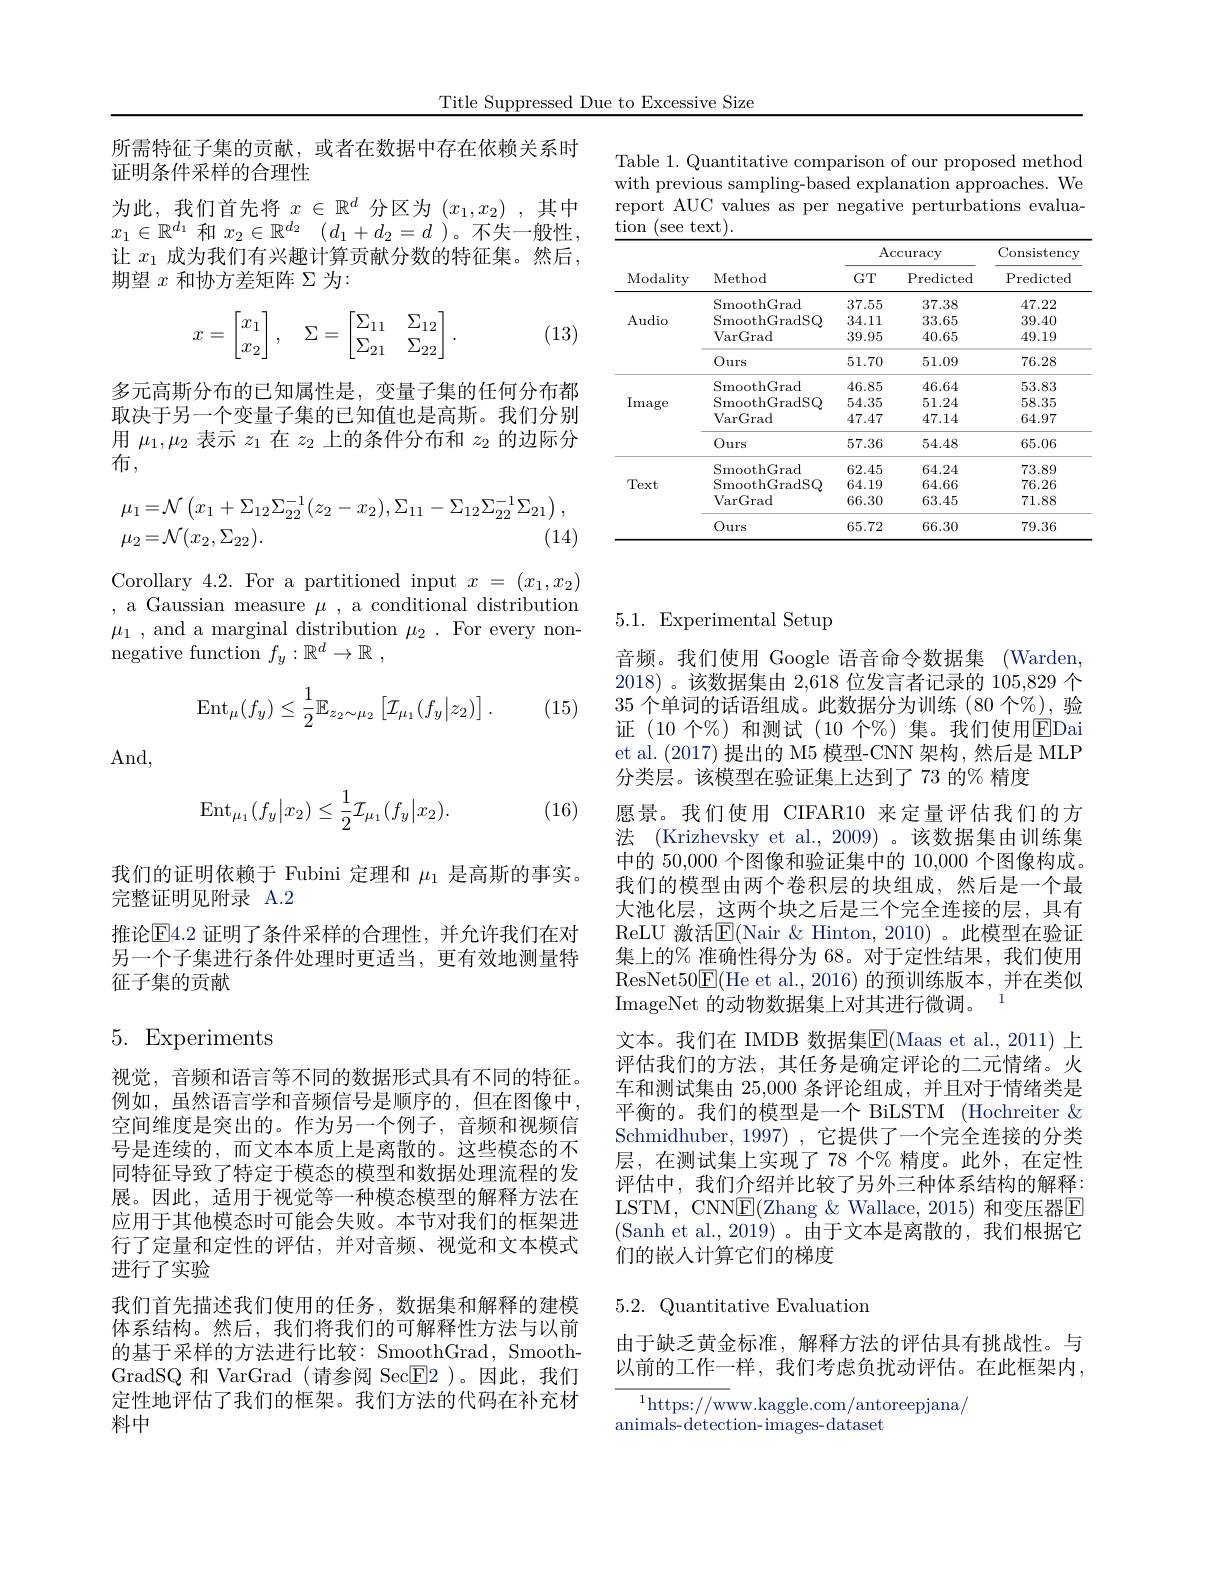
Title Suppressed Due to Excessive Size

Table 1. Quantitative comparison of our proposed method with previous sampling-based explanation approaches. We report AUC values as per negative perturbations evaluation (see text).

<table>
	<tbody>
		<tr>
			<th rowspan="2">Modality</th>
			<th rowspan="2">Method</th>
			<th colspan="2">$\operatorname{Accuracy}$</th>
			<th rowspan="2">Consistency Predicted</th>
		</tr>
		<tr>
			<th>$GT$</th>
			<th>Predicted</th>
		</tr>
		<tr>
			<td rowspan="4">Audio</td>
			<td>SmoothGrad</td>
			<td>37.55</td>
			<td>37.38</td>
			<td>47.22</td>
		</tr>
		<tr>
			<td>SmoothGradSQ</td>
			<td>34.11</td>
			<td>33.65</td>
			<td>39.40</td>
		</tr>
		<tr>
			<td>$\operatorname{VarGrad}$</td>
			<td>39.95</td>
			<td>40.65</td>
			<td>49.19</td>
		</tr>
		<tr>
			<td>Ours</td>
			<td>51.70</td>
			<td>51.09</td>
			<td>76.28</td>
		</tr>
		<tr>
			<td rowspan="4">Image</td>
			<td>SmoothGrad</td>
			<td>46.85</td>
			<td>46.64</td>
			<td>53.83</td>
		</tr>
		<tr>
			<td>SmoothGradSQ</td>
			<td>54.35</td>
			<td>51.24</td>
			<td>58.35</td>
		</tr>
		<tr>
			<td>VarGrad</td>
			<td>47.47</td>
			<td>47.14</td>
			<td>64.97</td>
		</tr>
		<tr>
			<td>Ours</td>
			<td>57.36</td>
			<td>54.48</td>
			<td>65.06</td>
		</tr>
		<tr>
			<td rowspan="4">Text</td>
			<td>SmoothGrad</td>
			<td>62.45</td>
			<td>64.24</td>
			<td>73.89</td>
		</tr>
		<tr>
			<td>SmoothGradSQ</td>
			<td>64.19</td>
			<td>64.66</td>
			<td>76.26</td>
		</tr>
		<tr>
			<td>VarGrad</td>
			<td>66.30</td>
			<td>63.45</td>
			<td>71.88</td>
		</tr>
		<tr>
			<td>Ours</td>
			<td>65.72</td>
			<td>66.30</td>
			<td>79.36</td>
		</tr>
	</tbody>
</table>

所需特征子集的贡献，或者在数据中存在依赖关系时
证明条件采样的合理性
为此，我们首先将$x\in\mathbb{R}^d$分区为$(x_1,x_2)$,其中$x_1\in\mathbb{R}^{d_1}$和$x_2\in \mathbb{R} ^{d_2}$ $( d_1+ d_2= d$ )。不失一般性， 让$x_1$成为我们有兴趣计算贡献分数的特征集。然后期望$x$和协方差矩阵$\Sigma$为：
$$x=\begin{bmatrix}x_1\\x_2\end{bmatrix},\quad\Sigma=\begin{bmatrix}\Sigma_{11}&\Sigma_{12}\\\Sigma_{21}&\Sigma_{22}\end{bmatrix}.$$
(13)

多元高斯分布的已知属性是，变量子集的任何分布都取决于另一个变量子集的已知值也是高斯。我们分别用$\mu_1,\mu_2$表示$z_1$在$z_2$上的条件分布和$z_2$的边际分布，
$$\begin{array}{lr}\mu_1=\mathcal{N}\left(x_1+\Sigma_{12}\Sigma_{22}^{-1}(z_2-x_2),\Sigma_{11}-\Sigma_{12}\Sigma_{22}^{-1}\Sigma_{21}\right),\\\mu_2=\mathcal{N}(x_2,\Sigma_{22}).&(14)\end{array}$$
Corollary 4.2. For a partitioned input $x=(x_1,x_2)$ , a Gaussian measure $\mu$, a conditional distribution $\mu_{1}$ , and a marginal distribution $\mu_{2}.$ For every non- ${\mathrm{negative~function~}}f_y: \mathbb{R} ^d\to \mathbb{R}$ ,
$$\mathrm{Ent}_{\mu}(f_{y})\leq\frac{1}{2}\mathbb{E}_{z_{2}\sim\mu_{2}}\left[\mathcal{I}_{\mu_{1}}(f_{y}\big|z_{2})\right].$$
(15)

And,
$$\operatorname{Ent}_{\mu_1}(f_y\big|x_2)\leq\frac{1}{2}\mathcal{I}_{\mu_1}(f_y\big|x_2).$$
(16)

我们的证明依赖于 Fubini 定理和$\mu_1$是高斯的事实。
完整证明见附录 A.2
推论$\overline{\mathrm{E}}4.2$ 证明了条件采样的合理性，并允许我们在对另一个子集进行条件处理时更适当，更有效地测量特征子集的贡献

# 5. Experiments

视觉，音频和语言等不同的数据形式具有不同的特征。例如，虽然语言学和音频信号是顺序的，但在图像中， 空间维度是突出的。作为另一个例子，音频和视频信号是连续的，而文本本质上是离散的。这些模态的不同特征导致了特定于模态的模型和数据处理流程的发展。因此，适用于视觉等一种模态模型的解释方法在应用于其他模态时可能会失败。本节对我们的框架进行了定量和定性的评估，并对音频、视觉和文本模式进行了实验
我们首先描述我们使用的任务，数据集和解释的建模体系结构。然后，我们将我们的可解释性方法与以前的基于采样的方法进行比较：SmoothGrad, SmoothGradSQ 和 VarGrad (请参阅 Sec$\boxed{\mathrm{E}}2$ )。因此，我们定性地评估了我们的框架。我们方法的代码在补充材料中

# 5.1. Experimental Setup

音频。我们使用 Google 语音命令数据集 (Warden, 2018) 。该数据集由 2,618 位发言者记录的 105,829 个35个单词的话语组成。此数据分为训练(80 个%),验证(10 个%)和测试(10 个%)集。我们使用$\boxed{\mathrm{EDai}}$ et al. (2017) 提出的 M5 模型-CNN 架构，然后是 MLP 分类层。该模型在验证集上达到了 73 的% 精度
愿景。我们使用 CIFAR10 来定量评估我们的方法 (Krizhevsky et al.,2009)。该数据集由训练集中的 50,000 个图像和验证集中的 10,000 个图像构成。我们的模型由两个卷积层的块组成，然后是一个最大池化层，这两个块之后是三个完全连接的层，具有ReLU 激活$\overline{\mathbb{E}}($Nair &Hinton,2010)。此模型在验证集上的% 准确性得分为 68。对于定性结果，我们使用ResNet50$\boxed{\mathrm{E}}($He et al.,2016)的预训练版本，并在类似ImageNet 的动物数据集上对其进行微调。1
文本。我们在 IMDB 数据集$\overline{\mathrm{E}}($Maas et al.,2011)上评估我们的方法，其任务是确定评论的二元情绪。火车和测试集由 25,000 条评论组成，并且对于情绪类是平衡的。我们的模型是一个 BiLSTM (Hochreiter & Schmidhuber, 1997) , 它提供了一个完全连接的分类层，在测试集上实现了 78 个% 精度。此外，在定性评估中，我们介绍并比较了另外三种体系结构的解释： LSTM, CNNE(Zhang&Wallace,2015) 和变压器E (Sanh et al., 2019)。由于文本是离散的，我们根据它们的嵌人计算它们的梯度

## 5.2. Quantitative Evaluation

由于缺乏黄金标准，解释方法的评估具有挑战性。与以前的工作一样，我们考虑负扰动评估。在此框架内，

$^{1}$https://www.kaggle.com/antoreepjana/

animals- detection- images- dataset